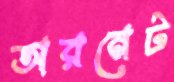
অরনেট